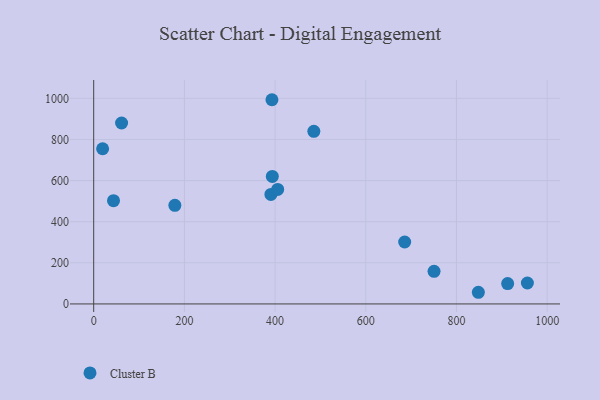
{"axis": {"x": "Ad Spend", "y": "Sales"}, "legend": ["Cluster B"], "data": [{"x": "485.5", "y": 839.8, "type": "Cluster B"}, {"x": "179.0", "y": 479.4, "type": "Cluster B"}, {"x": "390.8", "y": 532.5, "type": "Cluster B"}, {"x": "750.6", "y": 158.5, "type": "Cluster B"}, {"x": "393.1", "y": 993.3, "type": "Cluster B"}, {"x": "43.7", "y": 502.4, "type": "Cluster B"}, {"x": "848.3", "y": 56.7, "type": "Cluster B"}, {"x": "405.7", "y": 557.0, "type": "Cluster B"}, {"x": "685.8", "y": 301.2, "type": "Cluster B"}, {"x": "912.9", "y": 98.9, "type": "Cluster B"}, {"x": "956.4", "y": 101.8, "type": "Cluster B"}, {"x": "393.9", "y": 620.0, "type": "Cluster B"}, {"x": "61.5", "y": 880.1, "type": "Cluster B"}, {"x": "19.7", "y": 754.8, "type": "Cluster B"}]}